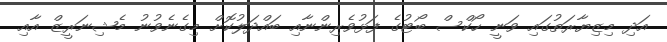
އަދި މިޒިޔާރަތުގައި ވަނީ ހޯކްސް ބޯޓުގެ ފަޅުވެރިންނާއި ބައްދަލުކޮށް މިގެނެވުނު މެޝިނަރީޒް އާއި